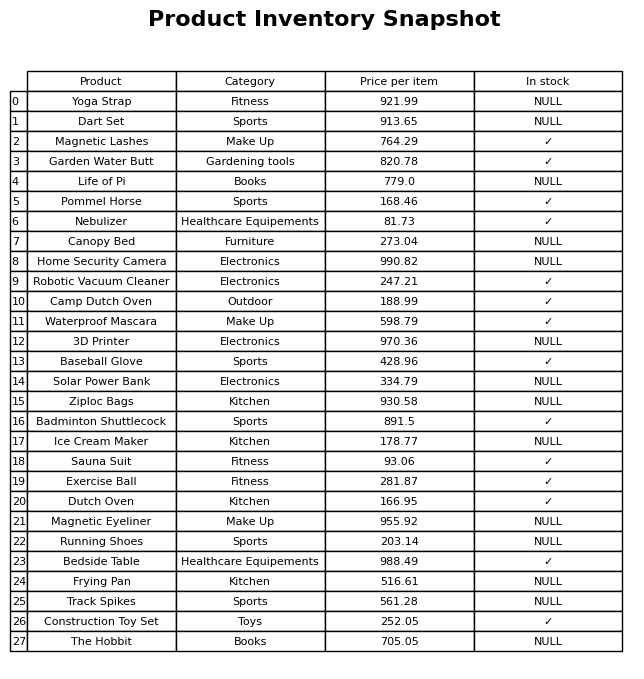
question: Is the Life of Pi in stock?
answer: NULL